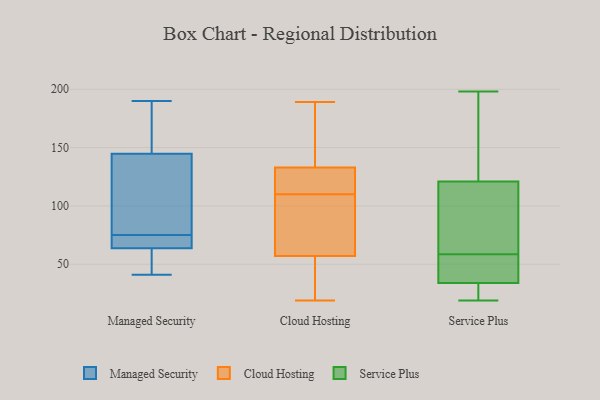
{"axis": {"x": "Active Users", "y": "Value"}, "legend": ["Cloud Hosting", "Managed Security", "Service Plus"], "data": [{"x": "", "y": 43, "type": "Managed Security"}, {"x": "", "y": 71, "type": "Managed Security"}, {"x": "", "y": 64, "type": "Managed Security"}, {"x": "", "y": 69, "type": "Managed Security"}, {"x": "", "y": 171, "type": "Managed Security"}, {"x": "", "y": 75, "type": "Managed Security"}, {"x": "", "y": 186, "type": "Managed Security"}, {"x": "", "y": 63, "type": "Managed Security"}, {"x": "", "y": 175, "type": "Managed Security"}, {"x": "", "y": 81, "type": "Managed Security"}, {"x": "", "y": 66, "type": "Managed Security"}, {"x": "", "y": 136, "type": "Managed Security"}, {"x": "", "y": 48, "type": "Managed Security"}, {"x": "", "y": 77, "type": "Managed Security"}, {"x": "", "y": 190, "type": "Managed Security"}, {"x": "", "y": 110, "type": "Managed Security"}, {"x": "", "y": 41, "type": "Managed Security"}, {"x": "", "y": 57, "type": "Cloud Hosting"}, {"x": "", "y": 19, "type": "Cloud Hosting"}, {"x": "", "y": 133, "type": "Cloud Hosting"}, {"x": "", "y": 133, "type": "Cloud Hosting"}, {"x": "", "y": 73, "type": "Cloud Hosting"}, {"x": "", "y": 48, "type": "Cloud Hosting"}, {"x": "", "y": 116, "type": "Cloud Hosting"}, {"x": "", "y": 175, "type": "Cloud Hosting"}, {"x": "", "y": 118, "type": "Cloud Hosting"}, {"x": "", "y": 178, "type": "Cloud Hosting"}, {"x": "", "y": 104, "type": "Cloud Hosting"}, {"x": "", "y": 57, "type": "Cloud Hosting"}, {"x": "", "y": 189, "type": "Cloud Hosting"}, {"x": "", "y": 90, "type": "Cloud Hosting"}, {"x": "", "y": 74, "type": "Service Plus"}, {"x": "", "y": 121, "type": "Service Plus"}, {"x": "", "y": 152, "type": "Service Plus"}, {"x": "", "y": 21, "type": "Service Plus"}, {"x": "", "y": 44, "type": "Service Plus"}, {"x": "", "y": 32, "type": "Service Plus"}, {"x": "", "y": 50, "type": "Service Plus"}, {"x": "", "y": 19, "type": "Service Plus"}, {"x": "", "y": 109, "type": "Service Plus"}, {"x": "", "y": 24, "type": "Service Plus"}, {"x": "", "y": 161, "type": "Service Plus"}, {"x": "", "y": 75, "type": "Service Plus"}, {"x": "", "y": 36, "type": "Service Plus"}, {"x": "", "y": 50, "type": "Service Plus"}, {"x": "", "y": 121, "type": "Service Plus"}, {"x": "", "y": 198, "type": "Service Plus"}, {"x": "", "y": 62, "type": "Service Plus"}, {"x": "", "y": 151, "type": "Service Plus"}, {"x": "", "y": 30, "type": "Service Plus"}, {"x": "", "y": 55, "type": "Service Plus"}]}